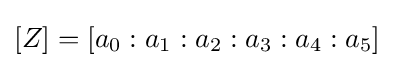
[Z]=[a_{0}:a_{1}:a_{2}:a_{3}:a_{4}:a_{5}]